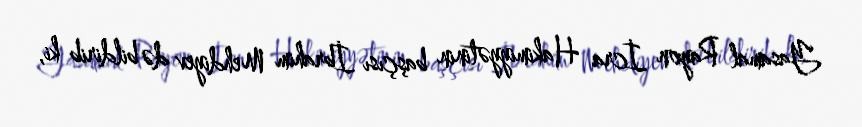
Yasamal Rayon İcra Hakimiyyətinin başçısı İbrahim Mehdiyev də bildirib ki,